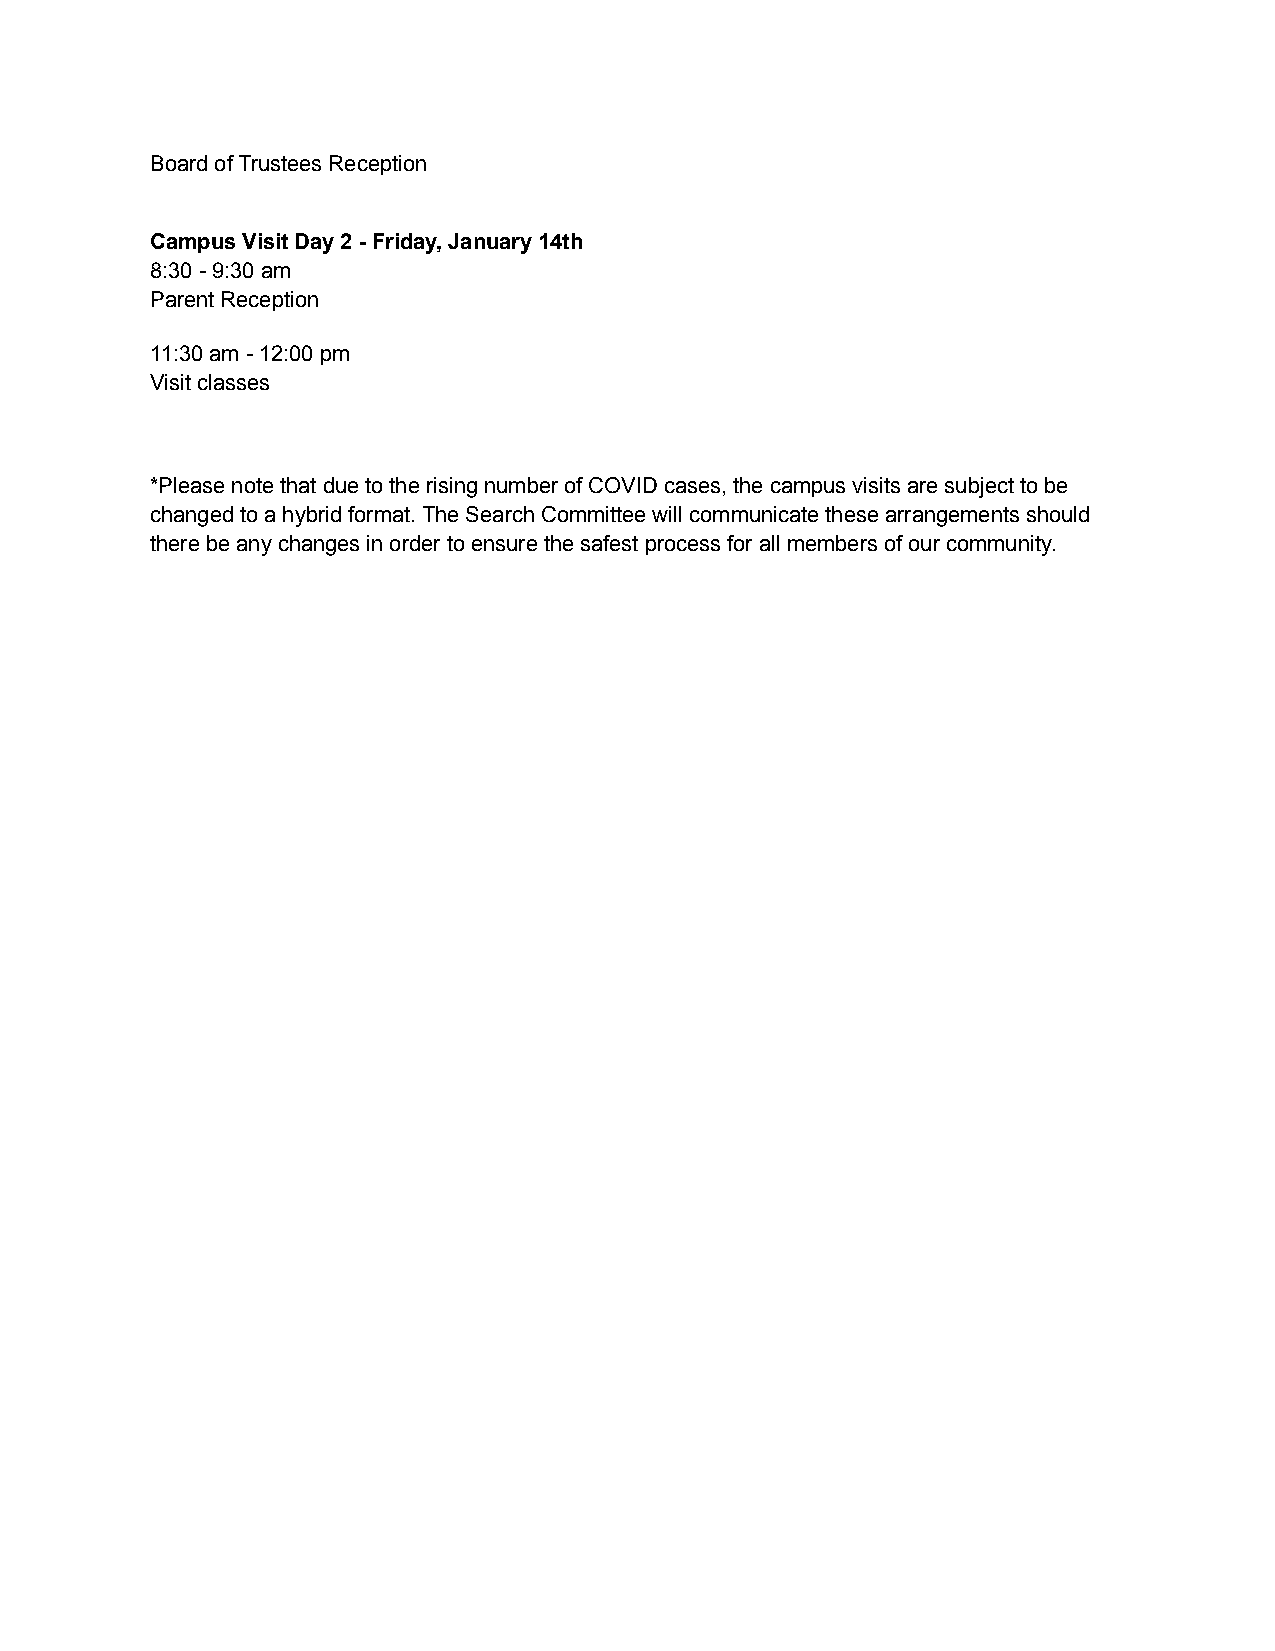
Board of Trustees Reception
 Campus Visit Day 2 - Friday, January 14th
 8:30 - 9:30 am
 Parent Reception
 11:30 am - 12:00 pm
 Visit classes
 *Please note that due to the rising number of COVID cases, the campus visits are subject to be
 changed to a hybrid format. The Search Committee will communicate these arrangements should
 there be any changes in order to ensure the safest process for all members of our community.